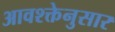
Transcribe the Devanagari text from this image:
आवश्क्तेनुसार